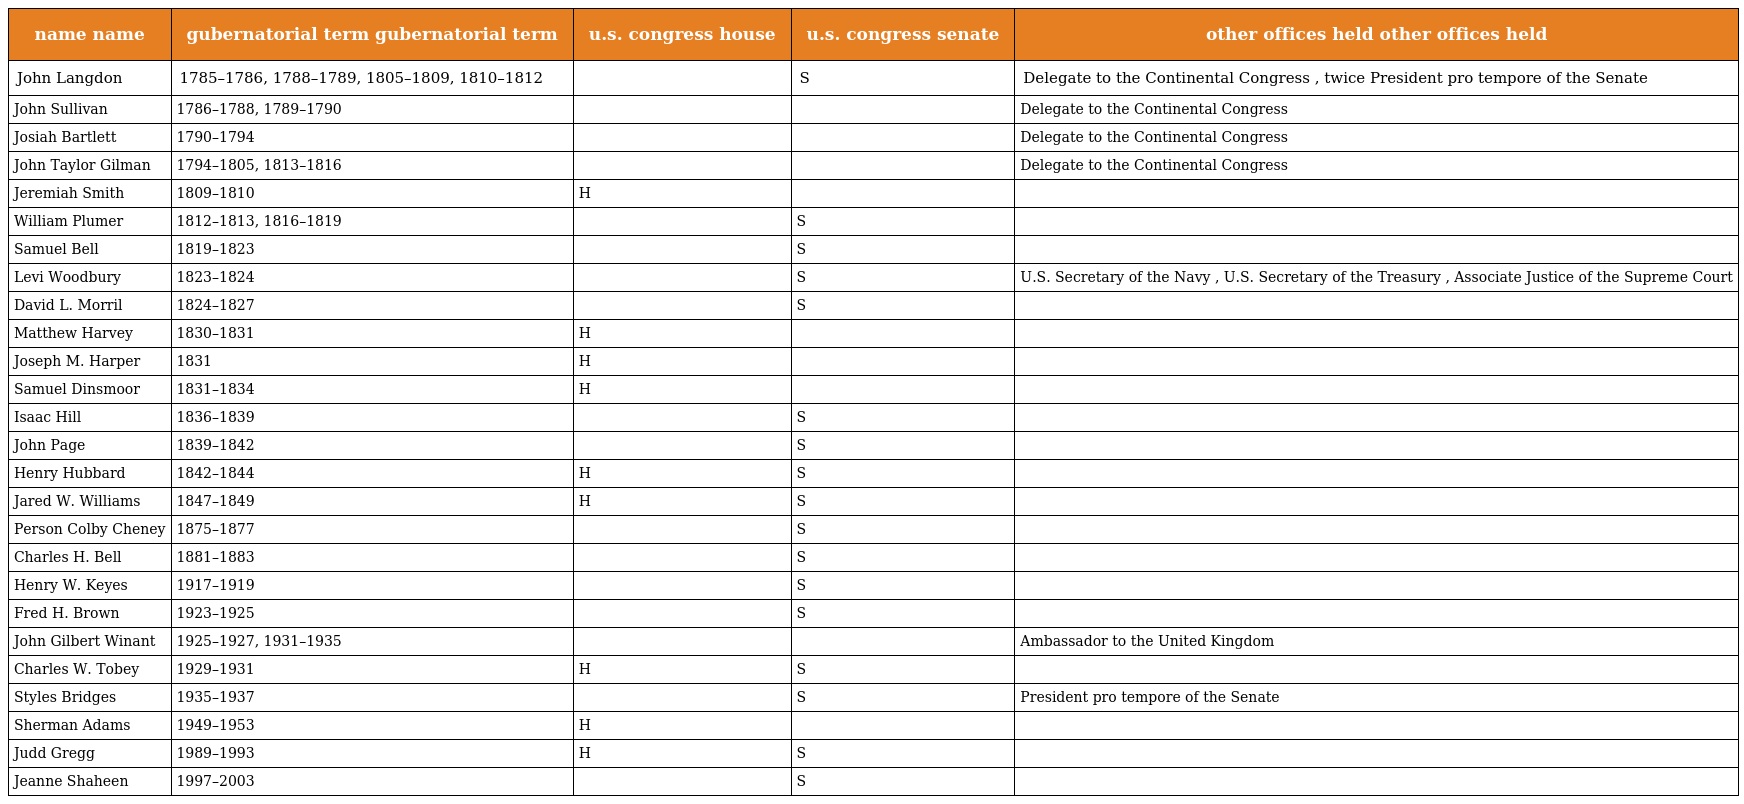
| name name | gubernatorial term gubernatorial term | u.s. congress house | u.s. congress senate | other offices held other offices held |
 | --- | --- | --- | --- | --- |
 | John Langdon | 1785–1786, 1788–1789, 1805–1809, 1810–1812 |  | S | Delegate to the Continental Congress , twice President pro tempore of the Senate |
 | John Sullivan | 1786–1788, 1789–1790 |  |  | Delegate to the Continental Congress |
 | Josiah Bartlett | 1790–1794 |  |  | Delegate to the Continental Congress |
 | John Taylor Gilman | 1794–1805, 1813–1816 |  |  | Delegate to the Continental Congress |
 | Jeremiah Smith | 1809–1810 | H |  |  |
 | William Plumer | 1812–1813, 1816–1819 |  | S |  |
 | Samuel Bell | 1819–1823 |  | S |  |
 | Levi Woodbury | 1823–1824 |  | S | U.S. Secretary of the Navy , U.S. Secretary of the Treasury , Associate Justice of the Supreme Court |
 | David L. Morril | 1824–1827 |  | S |  |
 | Matthew Harvey | 1830–1831 | H |  |  |
 | Joseph M. Harper | 1831 | H |  |  |
 | Samuel Dinsmoor | 1831–1834 | H |  |  |
 | Isaac Hill | 1836–1839 |  | S |  |
 | John Page | 1839–1842 |  | S |  |
 | Henry Hubbard | 1842–1844 | H | S |  |
 | Jared W. Williams | 1847–1849 | H | S |  |
 | Person Colby Cheney | 1875–1877 |  | S |  |
 | Charles H. Bell | 1881–1883 |  | S |  |
 | Henry W. Keyes | 1917–1919 |  | S |  |
 | Fred H. Brown | 1923–1925 |  | S |  |
 | John Gilbert Winant | 1925–1927, 1931–1935 |  |  | Ambassador to the United Kingdom |
 | Charles W. Tobey | 1929–1931 | H | S |  |
 | Styles Bridges | 1935–1937 |  | S | President pro tempore of the Senate |
 | Sherman Adams | 1949–1953 | H |  |  |
 | Judd Gregg | 1989–1993 | H | S |  |
 | Jeanne Shaheen | 1997–2003 |  | S |  |